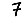
Digit: 7